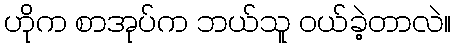
ဟိုက စာအုပ်က ဘယ်သူ ဝယ်ခဲ့တာလဲ။